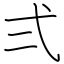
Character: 弍